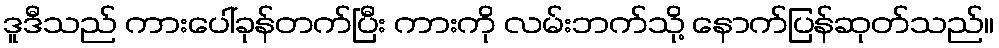
ဒူဒီသည် ကားပေါ်ခုန်တက်ပြီး ကားကို လမ်းဘက်သို့ နောက်ပြန်ဆုတ်သည်။